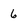
Character: 6